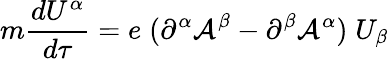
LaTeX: m\frac{dU^{\alpha}}{d\tau}=e\; (\partial^{\alpha}{\cal A}^{\beta}-\partial^{\beta}{\cal A}^{\alpha})\; U_{\beta}